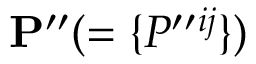
{ \bf { P } } ^ { \prime \prime } ( = \{ { P ^ { \prime \prime } { } ^ { i j } } \} )